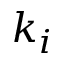
k _ { i }